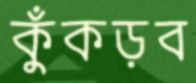
কুঁকড়ব